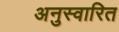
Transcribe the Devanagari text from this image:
अनुस्वारित